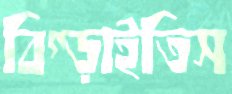
বিগ্‌ড়াইতিস